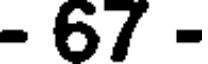
- 67 -